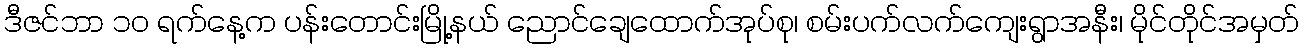
ဒီဇင်ဘာ ၁၀ ရက်နေ့က ပန်းတောင်းမြို့နယ် ညောင်ချေထောက်အုပ်စု၊ စမ်းပက်လက်ကျေးရွာအနီး၊ မိုင်တိုင်အမှတ်